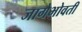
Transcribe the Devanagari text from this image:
जागेभोवती